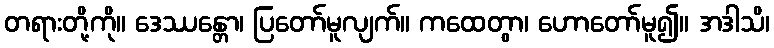
တရားတို့ကို။ ဒေဿန္တော၊ ပြတော်မူလျက်။ ကထေတွာ၊ ဟောတော်မူ၍။ အဒါသိ၊